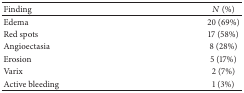
<table><thead><tr><td><b>Finding</b></td><td><b><i>N</i> (%)</b></td></tr></thead><tbody><tr><td>Edema</td><td>20 (69%)</td></tr><tr><td>Red spots</td><td>17 (58%)</td></tr><tr><td>Angioectasia</td><td>8 (28%)</td></tr><tr><td>Erosion</td><td>5 (17%)</td></tr><tr><td>Varix</td><td>2 (7%)</td></tr><tr><td>Active bleeding</td><td>1 (3%)</td></tr></tbody></table>